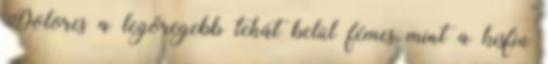
Dolores a legöregebb tehát belül fémes mint a kisfiú